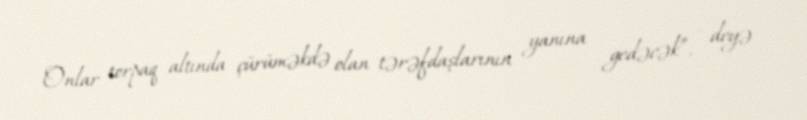
Onlar torpaq altında çürüməkdə olan tərəfdaşlarının yanına gedəcək”, - deyə